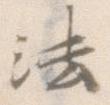
法